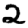
Digit: 2